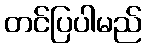
တင်ပြပါမည်